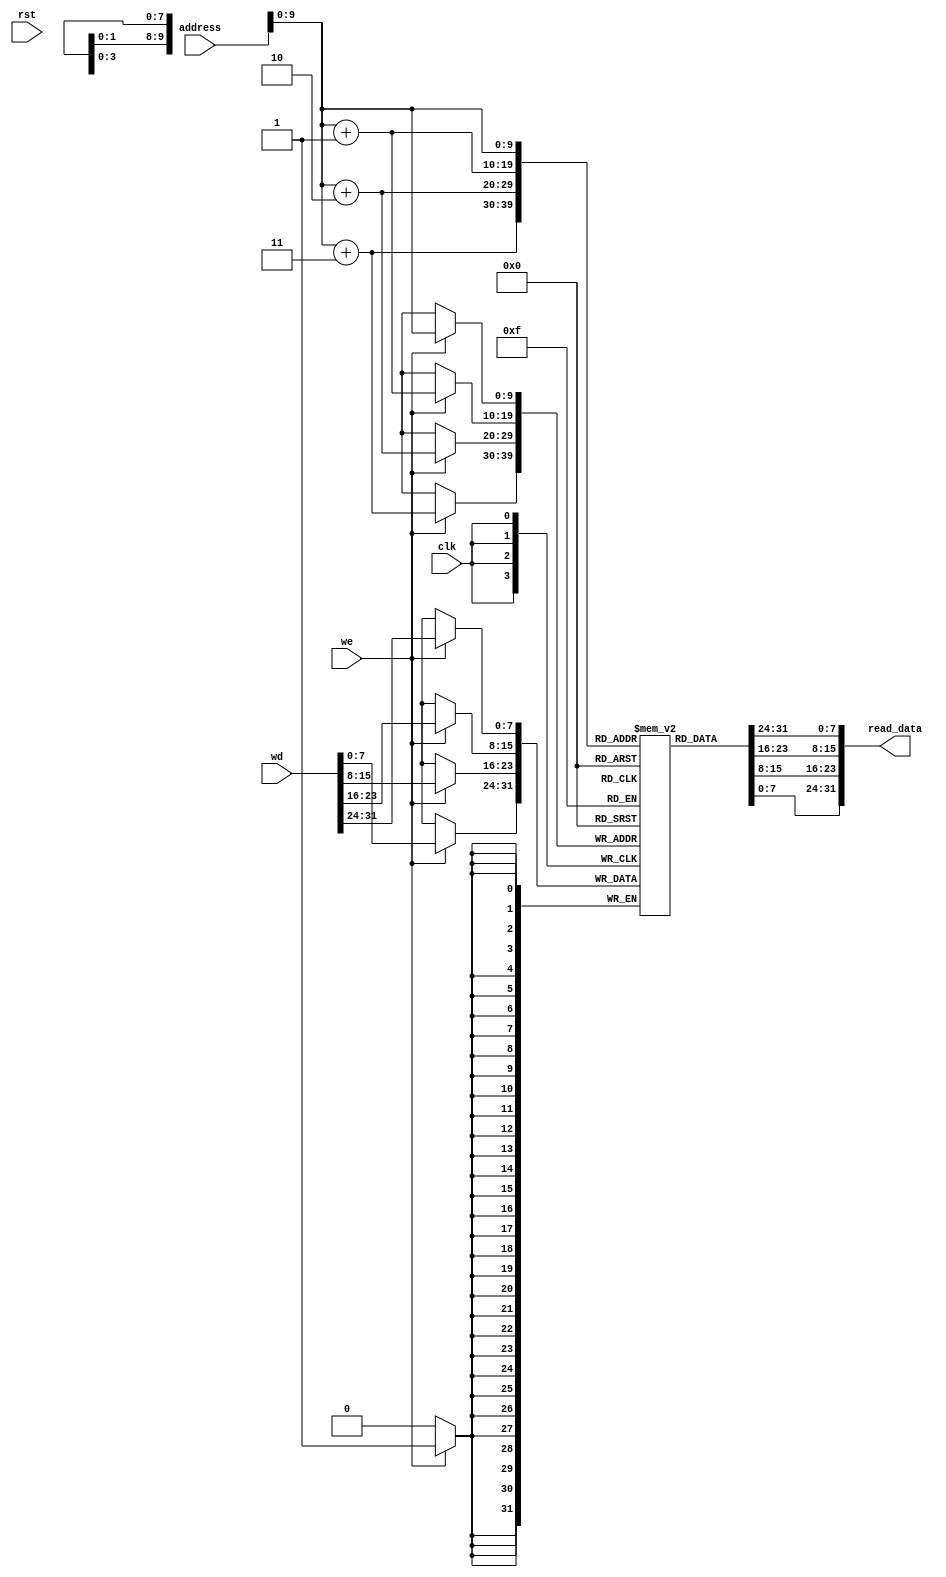
module DataMemory(
    clk, rst, address, wd, we,
    read_data
);
    input clk, rst, we;
    input [31:0] address;
    input [31:0] wd;

    output [31:0] read_data;

    reg [7:0] data [0:1023];

    integer i;
    initial begin
        for (i = 0; i < 1024; i = i + 1)
            data[i] = 8'b0;
    end

    assign read_data = { data[address], data[address + 1], data[address + 2], data[address + 3] };

    always @(posedge clk) begin
        if (we) begin
            data[address] <= wd[31:24];
            data[address + 1] <= wd[23:16];
            data[address + 2] <= wd[15:8];
            data[address + 3] <= wd[7:0];
        end
    end
    
endmodule